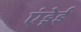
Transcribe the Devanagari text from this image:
एंड्रेई